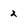
Character: 2